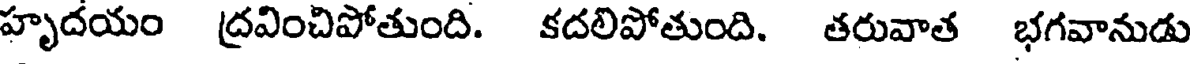
హృదయం ద్రవించిపోతుంది. కదలిపోతుంది. తరువాత భగవానుడు